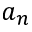
a _ { n }